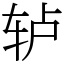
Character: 轳